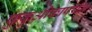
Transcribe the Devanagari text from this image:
फुकुओकापर्यंत